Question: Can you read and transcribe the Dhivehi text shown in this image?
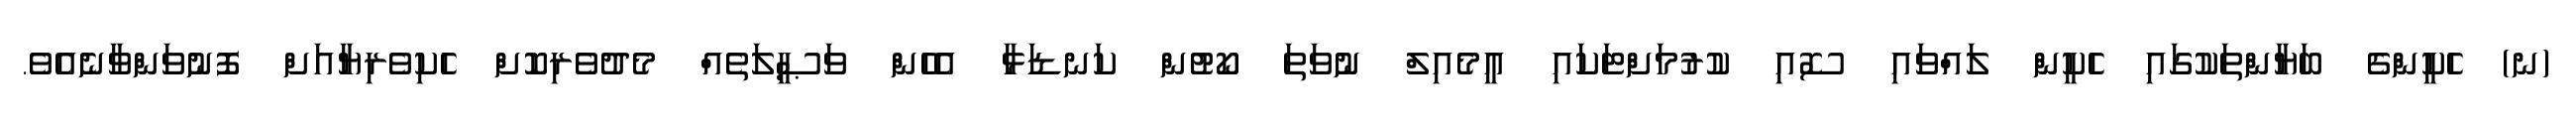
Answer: (ނ) ހެކީންގެ ބަޔާންތަކުގައި ހެކީން ލައްވައި ސޮއި ކުރުމަށްޓަކައި އީމެއިލް ނުވަތަ ކޯޓުން ކަނޑަޅާ އެހެން ވަޞީލަތެއް މެދުވެރިކޮށް ހެކިވެރިޔާއަށް ފޮނުވަންވާނެއެވެ.